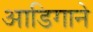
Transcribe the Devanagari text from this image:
आडिगाने